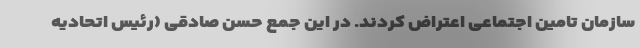
سازمان تامین اجتماعی اعتراض کردند. در این جمع حسن صادقی (رئیس اتحادیه